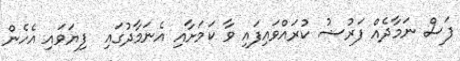
ފަސް ނަމާދެއް ފަރުޟު ކުރައްވައިފައި ވާ ކަމަށާއި އެނަމާދުގައި  ފިޔަވައި އެހެން